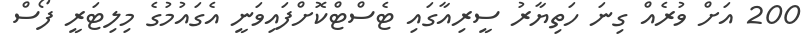
200 އަށް ވުރެއް ގިނަ ހަތިޔާރު ސީރިއާގައި ޓެސްޓްކޮށްފައިވަނީ އެގައުމުގެ މިލިޓަރީ ފޯސް